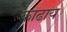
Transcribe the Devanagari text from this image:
काढाय